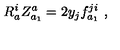
R _ { a } ^ { i } Z _ { a _ { 1 } } ^ { a } = 2 y _ { j } f _ { a _ { 1 } } ^ { j i } \ ,